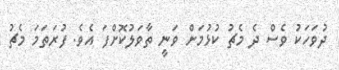
ދުވަހަކު ވެސް ދެ މެޗު ކުޅުމަށް ވަނީ ތާވަލުކޮށްފަ އެވެ. ފުރަތަމަ މެޗު